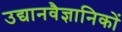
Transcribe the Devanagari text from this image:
उद्यानवैज्ञानिकों